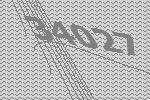
34027